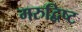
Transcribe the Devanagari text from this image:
मरुद्विष्ट